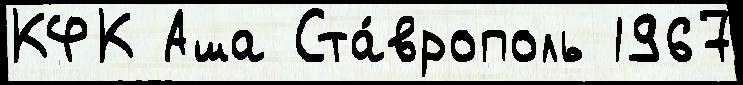
КФК Аша Ста́врополь 1967